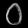
Digit: ၀